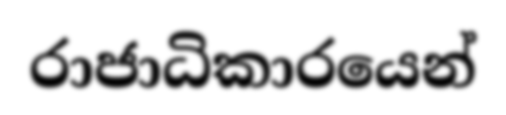
රාජාධිකාරයෙන්